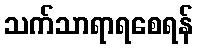
သက်သာရာရစေရန်